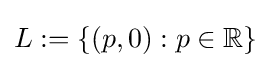
L:=\{(p,0):p\in \mathbb {R} \}